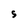
Character: S